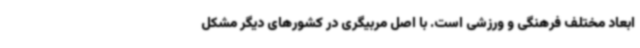
ابعاد مختلف فرهنگی و ورزشی است. با اصل مربیگری در کشورهای دیگر مشکل